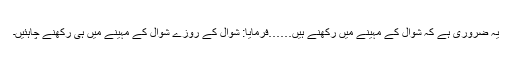
یہ ضروری ہے کہ شوال کے مہینے میں رکھنے ہیں……فرمایا: شوال کے روزے شوال کے مہینے میں ہی رکھنے چاہئیں۔